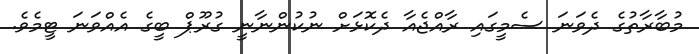
މުބާރާތުގެ ދެވަނަ ސެމީގައި ރާއްޖެއާ ދެކޮޅަށް ނުކުންނާނީ ގުރޫޕް ބީގެ އެއްވަނަ ޓީމެވެ.